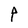
Character: P